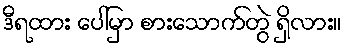
ဒီရထား ပေါ်မှာ စားသောက်တွဲ ရှိလား။